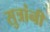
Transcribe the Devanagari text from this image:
सुत्रांनी